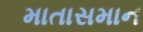
માતાસમાન